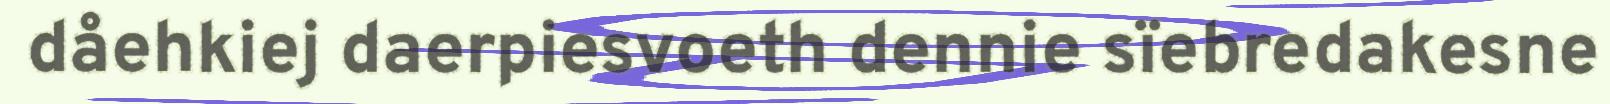
dåehkiej daerpiesvoeth dennie sïebredakesne